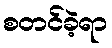
စတင်ခဲ့ရာ